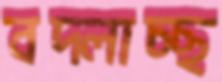
বদ্‌লাচ্ছ